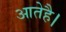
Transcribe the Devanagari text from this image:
आतेहै।